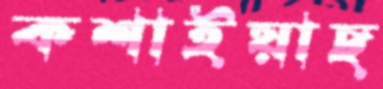
কশাইয়াছ